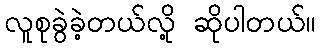
လူစုခွဲခဲ့တယ်လို့ ဆိုပါတယ်။